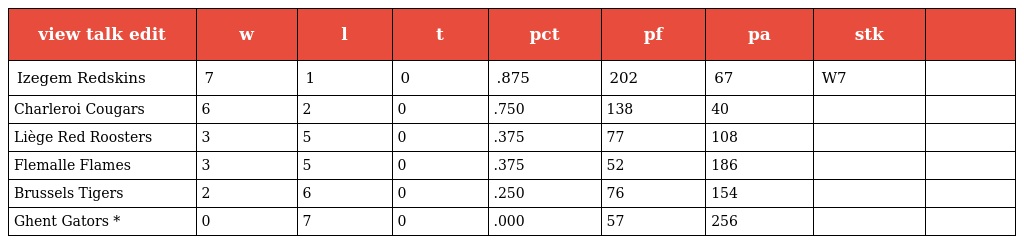
| view talk edit | w | l | t | pct | pf | pa | stk |  |
 | --- | --- | --- | --- | --- | --- | --- | --- | --- |
 | Izegem Redskins | 7 | 1 | 0 | .875 | 202 | 67 | W7 |  |
 | Charleroi Cougars | 6 | 2 | 0 | .750 | 138 | 40 |  |  |
 | Liège Red Roosters | 3 | 5 | 0 | .375 | 77 | 108 |  |  |
 | Flemalle Flames | 3 | 5 | 0 | .375 | 52 | 186 |  |  |
 | Brussels Tigers | 2 | 6 | 0 | .250 | 76 | 154 |  |  |
 | Ghent Gators * | 0 | 7 | 0 | .000 | 57 | 256 |  |  |